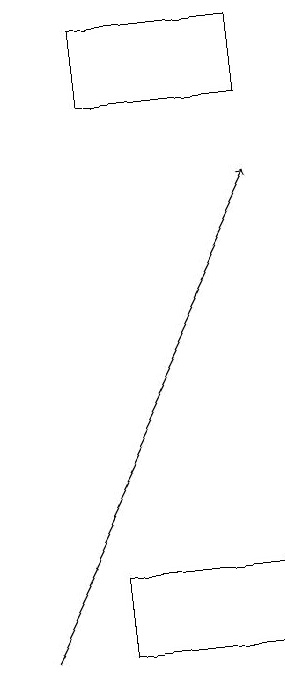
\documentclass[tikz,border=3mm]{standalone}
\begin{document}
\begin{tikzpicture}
\draw[->] (0,10) -- (3,16);
\draw (3,17) rectangle (1,18);
\draw (1,10) rectangle (3,11);
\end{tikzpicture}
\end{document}